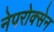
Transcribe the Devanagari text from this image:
नेपरोक्सेन